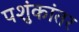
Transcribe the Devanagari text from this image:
पशुंकांतर